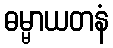
ဓမ္မာယတနံ